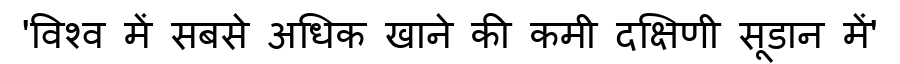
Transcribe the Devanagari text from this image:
'विश्व में सबसे अधिक खाने की कमी दक्षिणी सूडान में'